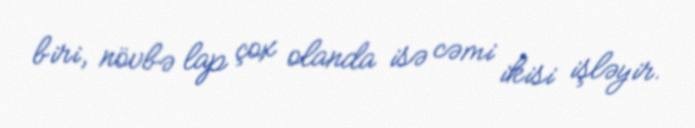
biri, növbə lap çox olanda isə cəmi ikisi işləyir.